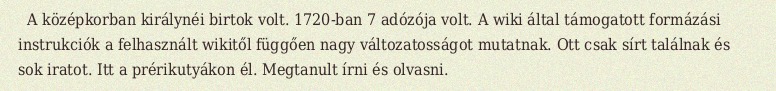
A középkorban királynéi birtok volt. 1720-ban 7 adózója volt. A wiki által támogatott formázási instrukciók a felhasznált wikitől függően nagy változatosságot mutatnak. Ott csak sírt találnak és sok iratot. Itt a prérikutyákon él. Megtanult írni és olvasni.